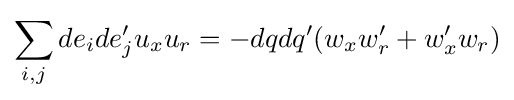
\sum _{i,j}de_{i}de_{j}'u_{x}u_{r}=-dqdq'(w_{x}w'_{r}+w'_{x}w_{r})